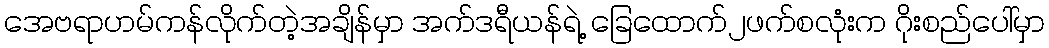
အေဗရာဟမ်ကန်လိုက်တဲ့အချိန်မှာ အက်ဒရီယန်ရဲ့ ခြေထောက်၂ဖက်စလုံးက ဂိုးစည်ပေါ်မှာ